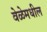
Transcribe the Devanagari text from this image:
वेळेमधील